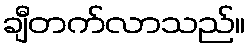
ချီတက်လာသည်။